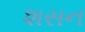
શસન